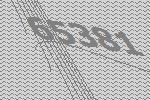
65381